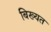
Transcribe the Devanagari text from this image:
बिख्यत